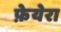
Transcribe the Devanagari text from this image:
फ़ेयेरा